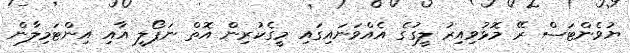
ޔުވެންޓަސް ރޭ މޮޅުވިއިރު ލީގުގެ އެއްވަނައިގައި މީގެކުރިން އޮތް ނަޕޯލީ އާއި އިންޓަމިލާން